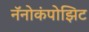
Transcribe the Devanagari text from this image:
नॅनोकंपोझिट